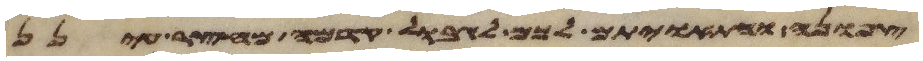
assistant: צפונה והתאויתם לכם לגבול קדמה מחצר עינן